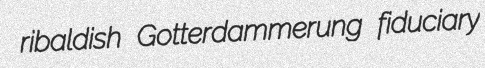
ribaldish Gotterdammerung fiduciary